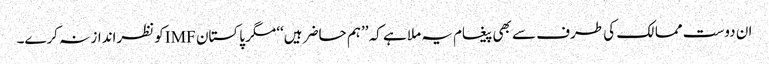
ان دوست ممالک کی طرف سے بھی پیغام یہ ملا ہے کہ ’’ہم حاضر ہیں‘‘ مگر پاکستان IMFکو نظرانداز نہ کرے۔